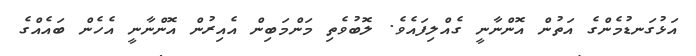
އަޅުގަނޑުމެންގެ އަތުން އޮންނާނީ ގެއްލިފައެވެ. ލޮބުވެތި މަންމަބިން އެއިރުން އޮންނާނީ އެހެން ބައެއްގެ